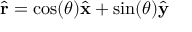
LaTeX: { \hat { \mathbf { r } } } = \cos ( \theta ) { \hat { \mathbf { x } } } + \sin ( \theta ) { \hat { \mathbf { y } } }